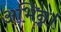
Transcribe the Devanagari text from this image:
अभिन्न।